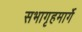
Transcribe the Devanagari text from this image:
सभागृहमार्गे